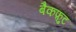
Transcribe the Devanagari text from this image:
बैकफ़ुट